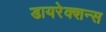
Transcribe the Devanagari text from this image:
डायरेक्शन्स